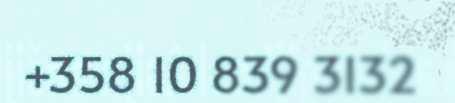
+358 10 839 3132